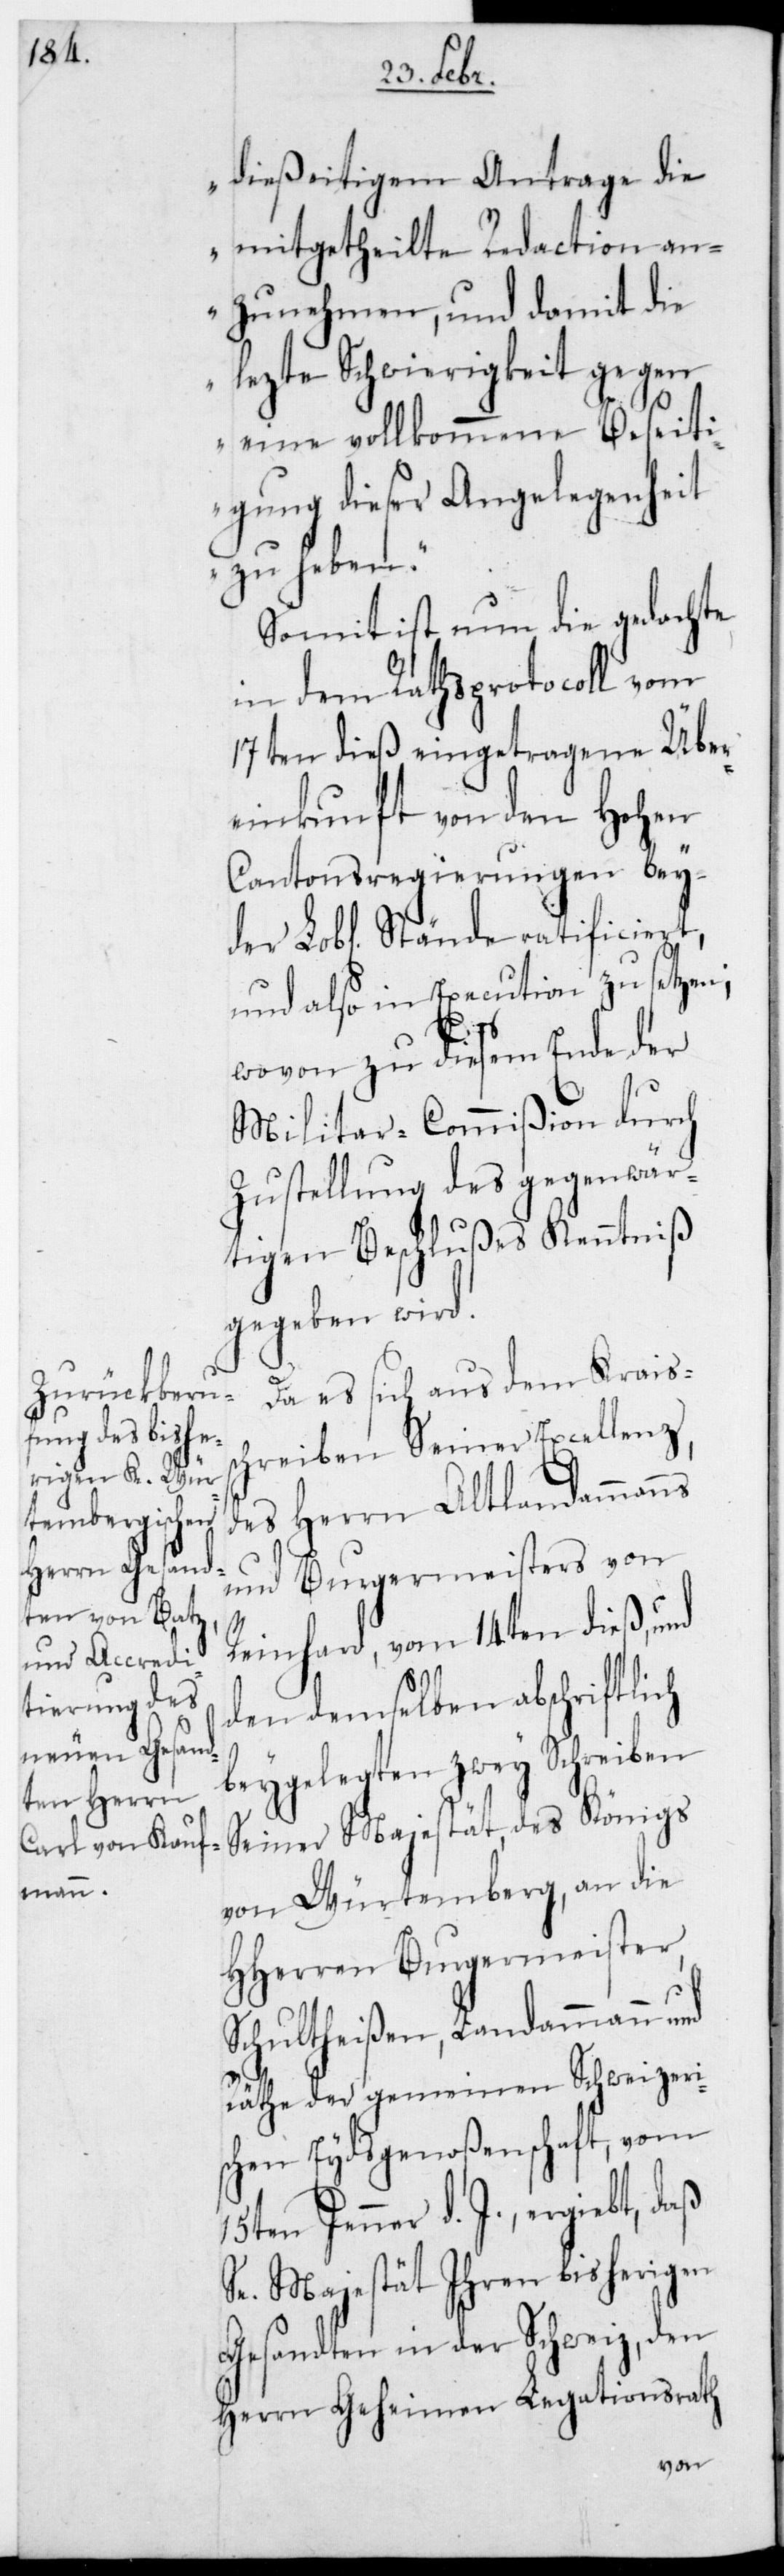
dießeitigem Antrage die
mitgetheilte Redaction an¬
zunehmen, und damit die
lezte Schwierigkeit gegen
eine vollkommene Beseiti¬
gung dieser Angelegenheit
zu heben.“
Somit ist nun die gedachte
in dem Rathsprotocoll vom
17ten dieß eingetragene Über¬
einkunft von den Hohen
Cantonsregierungen bey¬
der Lobl. Stände ratificiert,
und also in Execution zu setzen,
wovon zu diesem Ende der
Militar-Commißion durch
Zustellung des gegenwär¬
tigen Beschlußes Kenntniß
gegeben wird.
Da es sich aus dem Kreiss¬
chreiben Seiner Excellenz
des Herrn Altlandammanns
und Burgermeisters von
Reinhard, vom 14ten dieß, und
den demselben abschriftlich
beygelegten zwey Schreiben
Seiner Majestät, des Königs
von Würtemberg, an die
HHerren Burgermeister,
Schultheißen, Landammann und
Räthe der gemeinen Schweizeri¬
schen Eydsgenoßenschaft vom
15ten Jenner d. J., ergiebt, daß
Se. Majestät ihren bisherigen
Gesandten in der Schweiz, den
Herrn Geheimen Legationsrath